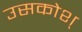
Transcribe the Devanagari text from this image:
उसकोश्